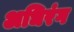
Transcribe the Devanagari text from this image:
अधिरंग